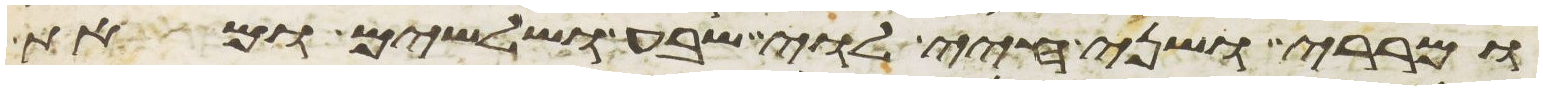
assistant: ומררי ושני חיי לוי שבע ושלשים ומאת